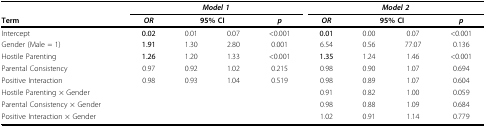
|  | <COLSPAN=4> Model 1 | <COLSPAN=4> Model 2 |
 | Term | OR | <COLSPAN=2> 95% CI | p | OR | <COLSPAN=2> 95% CI | p |
 | --- | --- | --- | --- | --- | --- | --- | --- | --- |
 | Intercept | 0.02 | 0.01 | 0.07 | <0.001 | 0.01 | 0.00 | 0.07 | <0.001 |
 | Gender (Male = 1) | 1.91 | 1.30 | 2.80 | 0.001 | 6.54 | 0.56 | 77.07 | 0.136 |
 | Hostile Parenting | 1.26 | 1.20 | 1.33 | <0.001 | 1.35 | 1.24 | 1.46 | <0.001 |
 | Parental Consistency | 0.97 | 0.92 | 1.02 | 0.215 | 0.98 | 0.90 | 1.07 | 0.694 |
 | Positive Interaction | 0.98 | 0.93 | 1.04 | 0.519 | 0.98 | 0.89 | 1.07 | 0.604 |
 | Hostile Parenting × Gender |  |  |  |  | 0.91 | 0.82 | 1.00 | 0.059 |
 | Parental Consistency × Gender |  |  |  |  | 0.98 | 0.88 | 1.09 | 0.684 |
 | Positive Interaction × Gender |  |  |  |  | 1.02 | 0.91 | 1.14 | 0.779 |